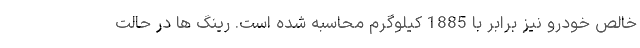
خالص خودرو نیز برابر با 1885 کیلوگرم محاسبه شده است. رینگ ها در حالت